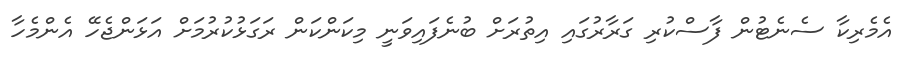
އެެމެރިކާ ސެނެޓުން ފާސްކުރި ގަރާރުގައި އިތުރަށް ބުނެފައިވަނީ މިކަންކަން ރަގަޅުކުރުމަށް އަޅަންޖެހޭ އެންމެހާ